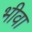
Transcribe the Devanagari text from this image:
भीवा